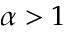
\alpha > 1